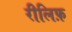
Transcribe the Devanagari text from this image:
रीलिफ़